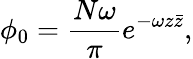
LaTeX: \phi_{0}={\frac{N\omega}{\pi}}e^{-\omega z\bar{z}},